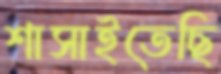
শাসাইতেছি